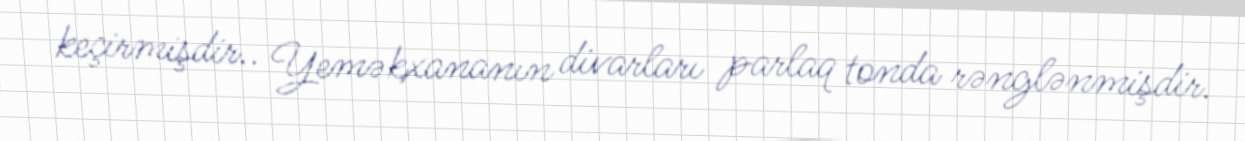
keçirmişdir.. Yeməkxananın divarları parlaq tonda rənglənmişdir.